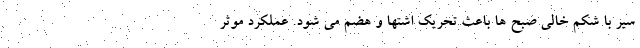
سیر با شکم خالی صبح ها باعث تحریک اشتها و هضم می شود. عملکرد موثر